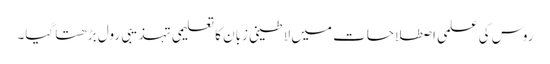
روس کی علمی اصطلاحات میں لاطینی زبان کا تعلیمی تہذیبی رول بڑھتا گیا۔